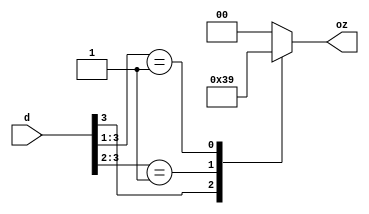
module casezx_two (d, oz);
  input [3:0] d;
  output [1:0] oz;
  reg [1:0] oz;

always @ ( d ) begin
  casez (d)
    4'b1???: oz = 3;
    4'b01??: oz = 2;
    4'b001?: oz = 1;
    default: oz = 0;
  endcase
end

endmodule // casezx_two